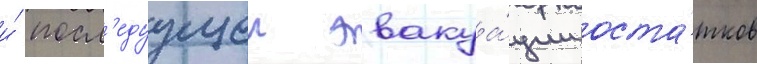
и́ посл'едуущеи эвакуа́ции оста́тков